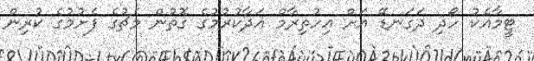
ޓީމާއެކު ހޯދި ދަގަނޑޭ އަށް އިހުތިރާމް އަދާކުރުމުގެ ގޮތުން މެޗުގެ ފެށުމުގެ ކުރިން